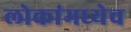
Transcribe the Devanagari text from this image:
लोकांमध्येच